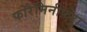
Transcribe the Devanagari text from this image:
फोरैमिनीफ़ेरा